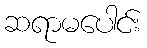
ဆရာမပေါင်း